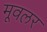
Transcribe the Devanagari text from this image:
मूवलर